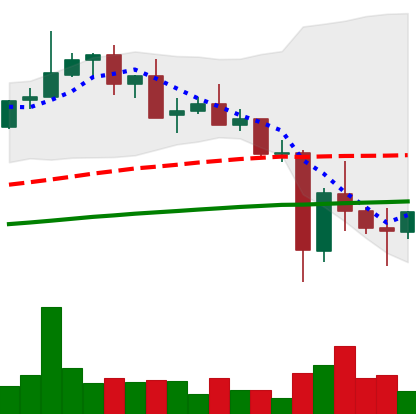
Ticker: XMR-USD
Chart end date: 2021-05-24
Forward return: -4.967%
Label: down_3_5